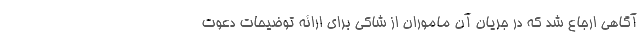
آگاهی ارجاع شد که در جریان آن ماموران از شاکی برای ارائه توضیحات دعوت